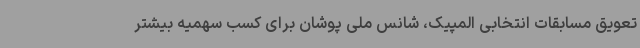
تعویق مسابقات انتخابی المپیک، شانس ملی پوشان برای کسب سهمیه بیشتر